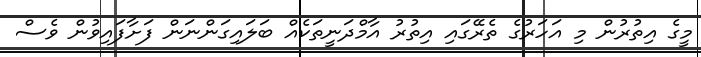
މީގެ އިތުރުން މި އަހަރުގެ ތެރޭގައި އިތުރު އާމްދަނީތަކެއް ބަލައިގަންނަން ފަށާފައިވުން ވެސް